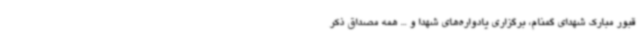
قبور مبارک شهدای گمنام، برگزاری یادواره‌های شهدا و ... همه مصداق ذکر